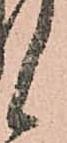
候